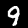
Label: 9